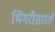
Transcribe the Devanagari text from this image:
भिंगरीसारखे